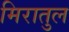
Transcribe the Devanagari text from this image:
मिरातुल